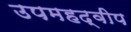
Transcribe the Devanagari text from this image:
उपमहद्वीप